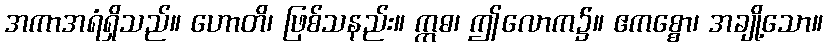
အကာအရံရှိသည်။ ဟောတိ၊ ဖြစ်သနည်း။ ဣဓ၊ ဤလောက၌။ ဧကစ္စော၊ အချို့သော။